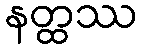
နတ္ထဿ